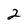
Character: 2